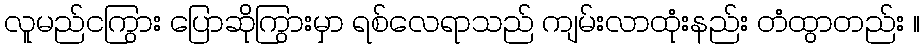
လူမည်ငကြွား ပြောဆိုကြွားမှာ ရစ်လေရာသည် ကျမ်းလာထုံးနည်း တံထွာတည်း ။